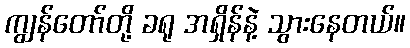
ကျွန်တော်တို့ ခရု အရှိန်နဲ့ သွားနေတယ်။